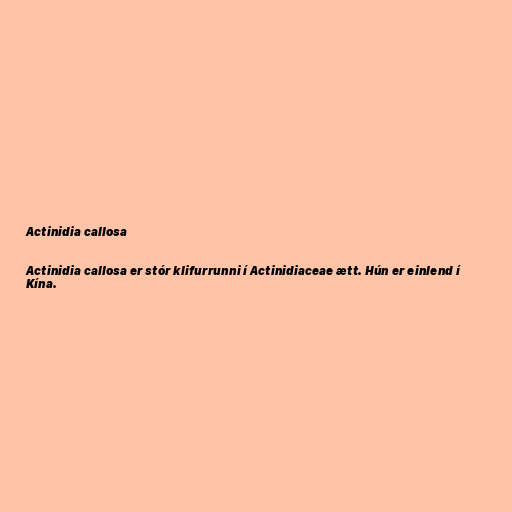
Actinidia callosa

Actinidia callosa er stór klifurrunni í Actinidiaceae ætt. Hún er einlend í
Kína.